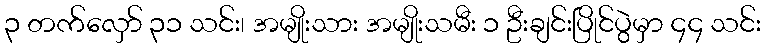
၃ တက်လှော် ၃၁ သင်း၊ အမျိုးသား အမျိုးသမီး ၁ ဦးချင်းပြိုင်ပွဲမှာ ၄၄ သင်း